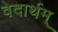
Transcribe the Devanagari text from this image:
वेदार्थम्